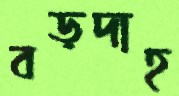
বড়দাহ